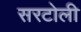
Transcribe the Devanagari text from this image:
सरटोली